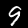
Label: 9